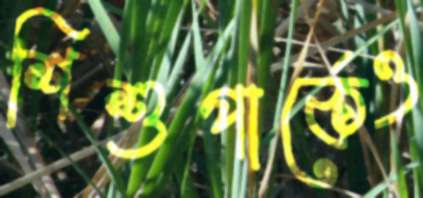
শিশুপার্কেও